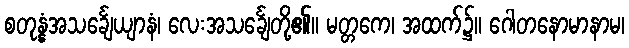
စတုန္နံအသင်္ချေယျာနံ၊ လေးအသင်္ချေတို့၏။ မတ္တကေ၊ အထက်၌။ ဂေါတနောမာနာမ၊